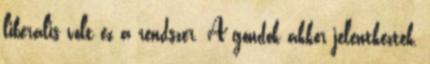
liberális volt ez a rendszer. A gondok akkor jelentkeztek,